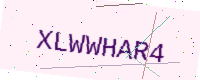
Text: XLWWHAR4